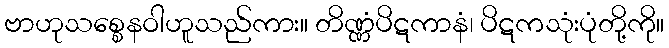
ဗာဟုသစ္စေနဝါဟူသည်ကား။ တိဏ္ဏံပိဋကာနံ၊ ပိဋကသုံးပုံတို့ကို။